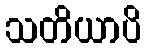
သတိယာပိ